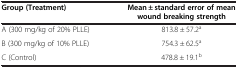
<table><thead><tr><td><b>Group (Treatment)</b></td><td><b>Mean ± standard error of mean wound breaking strength</b></td></tr></thead><tbody><tr><td>A (300 mg/kg of 20% PLLE)</td><td>813.8 ± 57.2<sup>a</sup></td></tr><tr><td>B (300 mg/kg of 10% PLLE)</td><td>754.3 ± 62.5<sup>a</sup></td></tr><tr><td>C (Control)</td><td>478.8 ± 19.1<sup>b</sup></td></tr></tbody></table>